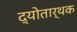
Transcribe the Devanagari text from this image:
द्योतार्थक